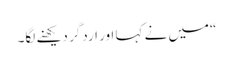
“میں نے کہا اور اردگر دیکھنے لگا۔